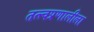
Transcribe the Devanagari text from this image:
तत्त्वप्रणालीला